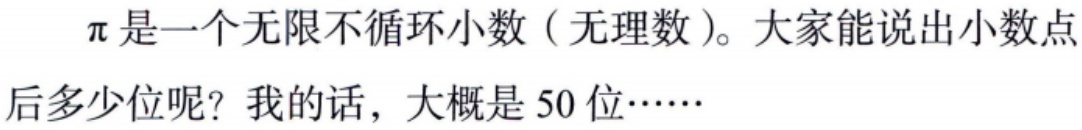
$\pi$是一个无限不循环小数（无理数）。大家能说出小数点后多少位呢？我的话，大概是 50 位……